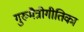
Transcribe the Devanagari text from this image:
गुरुमैत्रीगीतिका